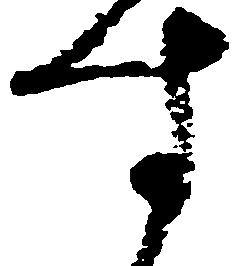
す